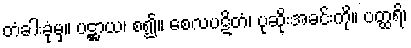
တံခါးခုံမှ။ ပဋ္ဌာယ၊ စ၍။ စေလပဋိတံ၊ ပုဆိုးအခင်းကို။ ပတ္ထရိ၊